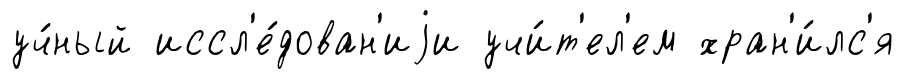
уч́ный иссл'е́дован'иjи учи́т'ел'ем хран'и́лс'я